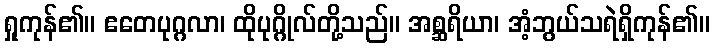
ရှုကုန်၏။ ဧတေပုဂ္ဂလာ၊ ထိုပုဂ္ဂိုလ်တို့သည်။ အစ္ဆရိယာ၊ အံ့ဘွယ်သရဲရှိကုန်၏။